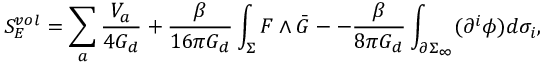
S _ { E } ^ { v o l } = \sum _ { a } \frac { V _ { a } } { 4 G _ { d } } + \frac { \beta } { 1 6 \pi G _ { d } } \int _ { \Sigma } F \wedge \bar { G } - - \frac { \beta } { 8 \pi G _ { d } } \int _ { \partial \Sigma _ { \infty } } ( \partial ^ { i } \phi ) d \sigma _ { i } ,